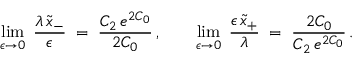
\operatorname* { l i m } _ { \epsilon \to 0 } \; \frac { \lambda \, \widetilde { x } _ { - } } { \epsilon } \; = \; \frac { C _ { 2 } \, e ^ { 2 C _ { 0 } } } { 2 C _ { 0 } } \, , \qquad \operatorname* { l i m } _ { \epsilon \to 0 } \; \frac { \epsilon \, \widetilde { x } _ { + } } { \lambda } \; = \; \frac { 2 C _ { 0 } } { C _ { 2 } \, e ^ { 2 C _ { 0 } } } \, .